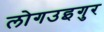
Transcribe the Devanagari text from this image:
लोगउइगुर